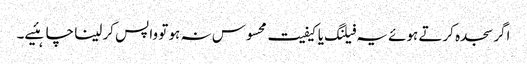
اگر سجدہ کرتے ہوئے یہ فیلنگ یا کیفیت محسوس نہ ہو تو واپس کر لینا چاہئیے۔